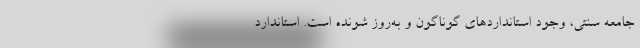
جامعه سنتي، وجود استانداردهاي گوناگون و به‌روز شونده است. استاندارد